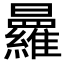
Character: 𭨒